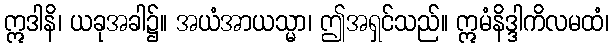
ဣဒါနိ၊ ယခုအခါ၌။ အယံအာယသ္မာ၊ ဤအရှင်သည်။ ဣမံနိဒ္ဒါကိလမထံ၊